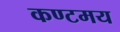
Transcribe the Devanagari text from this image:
कण्टमय